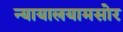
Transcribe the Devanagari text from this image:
न्यायालयामसोर